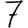
Digit: 7